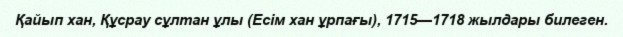
Қайып хан, Құсрау сұлтан ұлы (Есім хан ұрпағы), 1715—1718 жылдары билеген.